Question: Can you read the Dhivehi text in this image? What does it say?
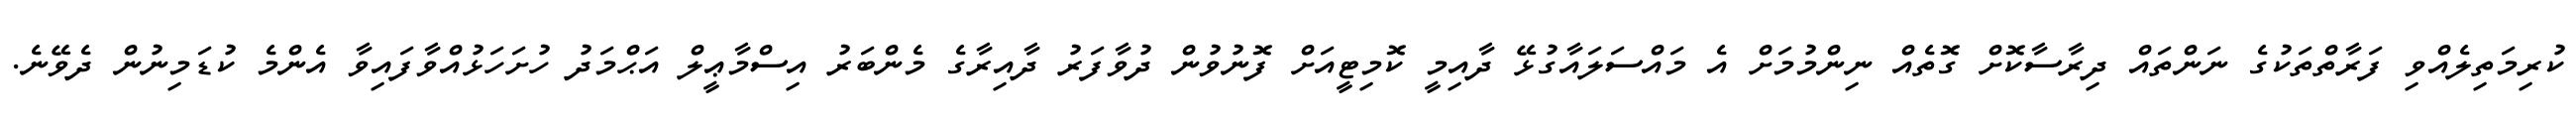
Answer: ކުރިމަތިލެއްވި ފަރާތްތަކުގެ ނަންތައް ދިރާސާކޮށް ގޮތެއް ނިންމުމަށް އެ މައްސަލައާގުޅޭ ދާއިމީ ކޮމިޓީއަށް ފޮނުވުން ދުވާފަރު ދާއިރާގެ މެންބަރު އިސްމާޢީލް އަޙްމަދު ހުށަހަޅުއްވާފައިވާ އެންމެ ކުޑަމިނުން ދެވޭނެ.